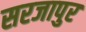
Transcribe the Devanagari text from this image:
सरजापुर